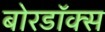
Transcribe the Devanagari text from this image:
बोरडॉक्स